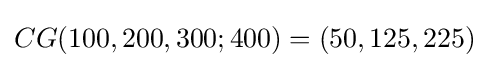
CG(100,200,300;400)=(50,125,225)